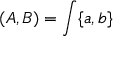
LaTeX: ( A , B ) = \int \{ a , b \}